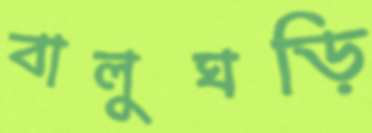
বালুঘড়ি